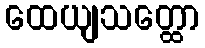
ထေယျသတ္ထော